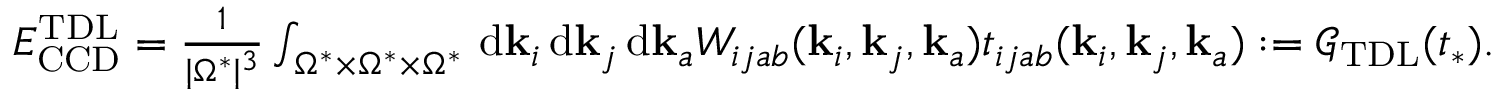
\begin{array} { r } { E _ { \mathrm { C C D } } ^ { \mathrm { T D L } } = \frac { 1 } { | \Omega ^ { * } | ^ { 3 } } \int _ { \Omega ^ { * } \times \Omega ^ { * } \times \Omega ^ { * } } \, \mathrm { d } \mathbf { k } _ { i } \, \mathrm { d } \mathbf { k } _ { j } \, \mathrm { d } \mathbf { k } _ { a } W _ { i j a b } ( \mathbf { k } _ { i } , \mathbf { k } _ { j } , \mathbf { k } _ { a } ) t _ { i j a b } ( \mathbf { k } _ { i } , \mathbf { k } _ { j } , \mathbf { k } _ { a } ) : = \mathcal { G } _ { \mathrm { T D L } } ( t _ { * } ) . } \end{array}